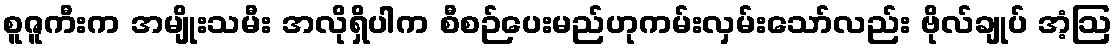
စူဇူကီးက အမျိုးသမီး အလိုရှိပါက စီစဉ်ပေးမည်ဟုကမ်းလှမ်းသော်လည်း ဗိုလ်ချုပ် အံ့ဩ